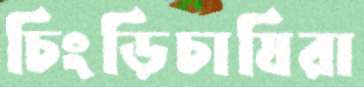
চিংড়িচাষিরা